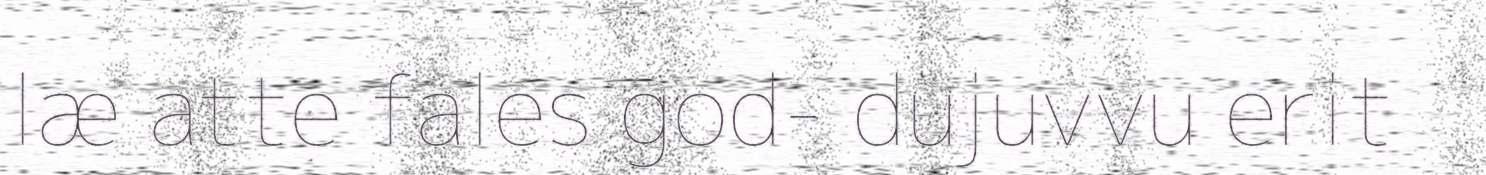
læ atte fales god- dujuvvu erit